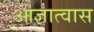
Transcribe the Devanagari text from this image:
आज्ञात्वास